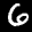
Label: 6